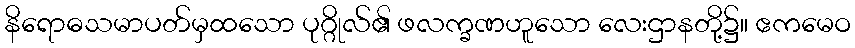
နိရောဓသမာပတ်မှထသော ပုဂ္ဂိုလ်၏ ဖလက္ခဏဟူသော လေးဌာနတို့၌။ ဧကမေဝ